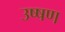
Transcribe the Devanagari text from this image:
उष्षण